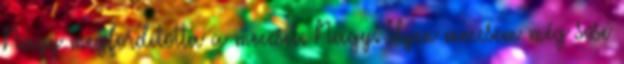
Nagy megfordította a meccset. Nagy: Ilyen meccsem még sose